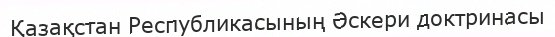
Қазақстан Республикасының Әскери доктринасы